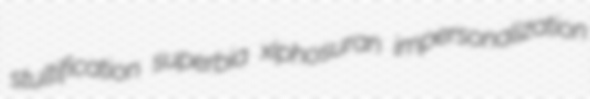
stultification superbia xiphosuran impersonalization